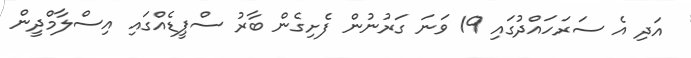
އަދި އެ ސަރަހައްދުގައި 19 ވަނަ ގަރުނުން ފެށިގެން ބާރު ސްޕީޑެއްގައި އިސްލާމްދީން